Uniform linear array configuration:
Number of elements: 48
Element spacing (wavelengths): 0.5
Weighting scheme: uniform
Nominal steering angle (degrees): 30
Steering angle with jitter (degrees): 28.983
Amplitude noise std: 0.05
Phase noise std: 0.05

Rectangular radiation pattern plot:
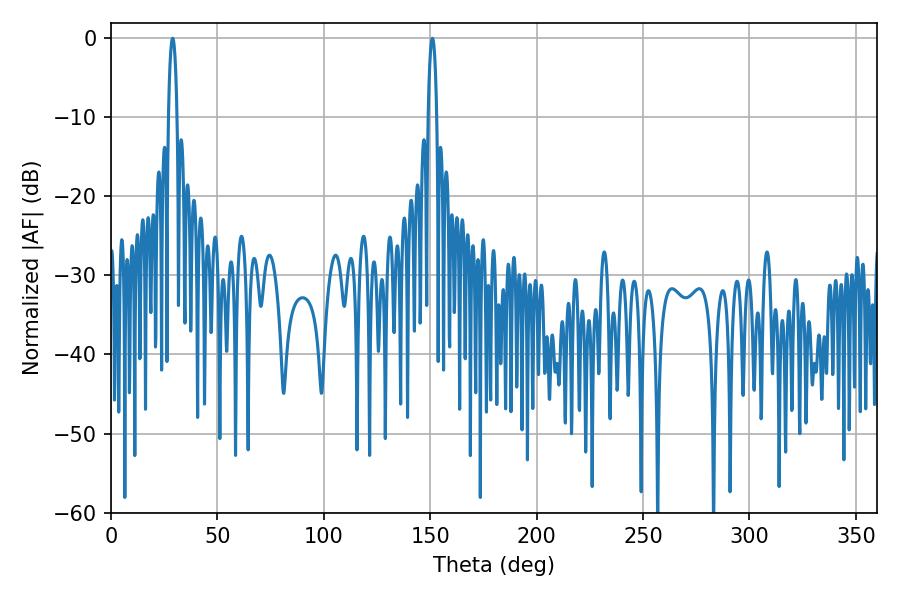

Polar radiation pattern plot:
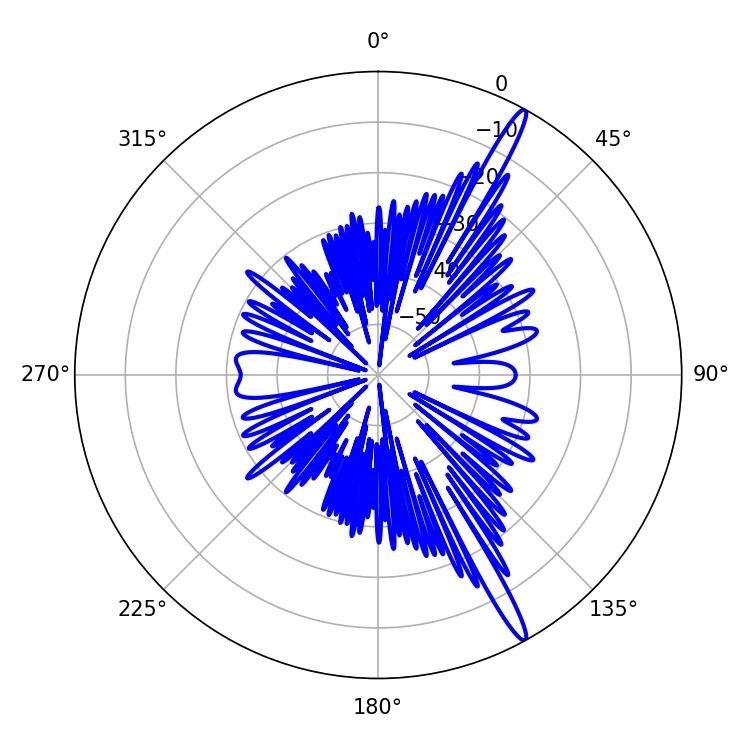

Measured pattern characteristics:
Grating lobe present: FALSE
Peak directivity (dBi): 16.385
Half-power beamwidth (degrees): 2.16
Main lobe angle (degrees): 28.98